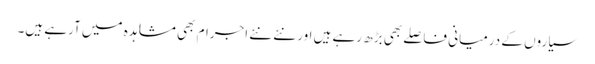
سیاروں کے درمیانی فاصلے بھی بڑھ رہے ہیں اور نئے نئے اجرام بھی مشاہدہ میں آرہے ہیں۔